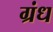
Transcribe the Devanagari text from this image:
ग्रंध